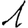
Digit: 1